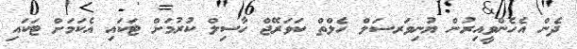
ދެން އެހެންވީއިރުން ޔުނިވަރސަލް ހެލްތް ކަވަރޭޖް ހާސިލް ކުރުމަށް ޓަކައި އެކަމަށް ޓަކައި